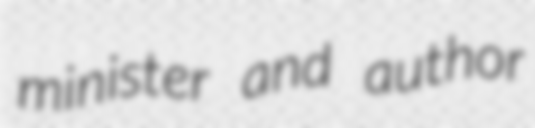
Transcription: minister and author